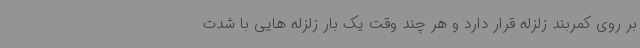
بر روی کمربند زلزله قرار دارد و هر چند وقت یک بار زلزله هایی با شدت